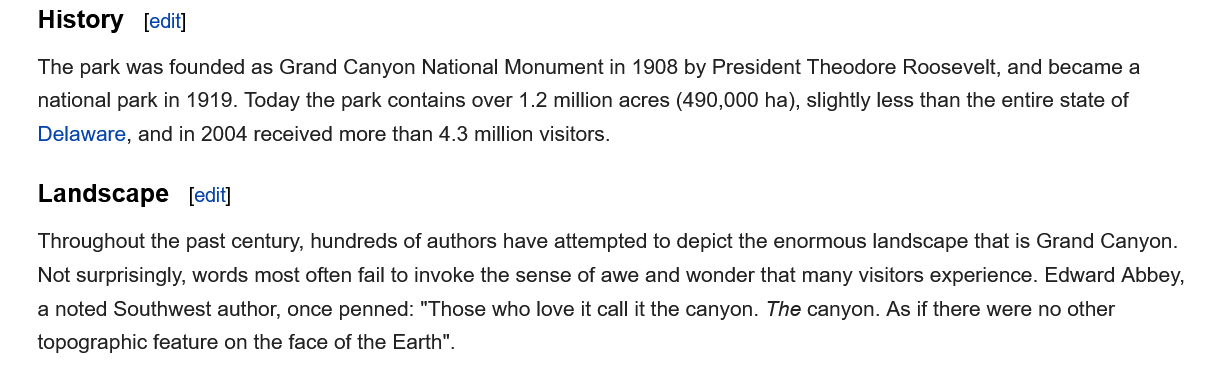
History
    The park was founded as Grand Canyon National Monument in 1908 by President Theodore Roosevelt, and became a
    national park in 1919. Today the park contains over 1.2 million acres (490,000 ha), slightly less than the entire state of
    Delaware, and in 2004 received more than 4.3 million visitors.
    Landscape
    Throughout the past century, hundreds of authors have attempted to depict the enormous landscape that is Grand Canyon.
    Not surprisingly, words most often fail to invoke the sense of awe and wonder that many visitors experience. Edward Abbey,
    a noted Southwest author, once penned: "Those who love it call it the canyon. The canyon. As if there were no other
    topographic feature on the face of the Earth".
     [edit]
     [edit]